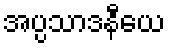
အပ္ပသာဒနီယေ